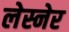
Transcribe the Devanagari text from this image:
लेस्नेर